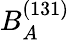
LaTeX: B_{A}^{(131)}